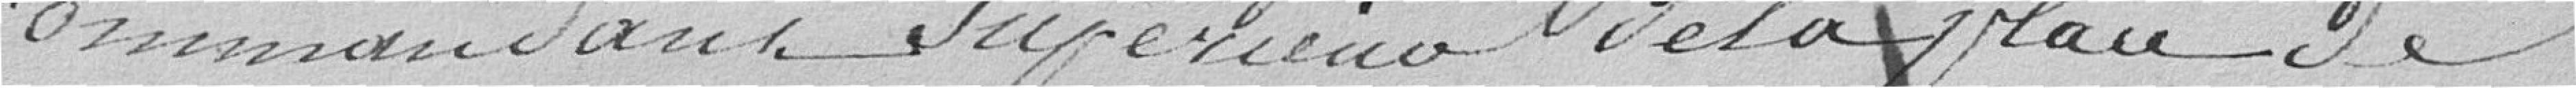
Commandant Supérieur de la place de